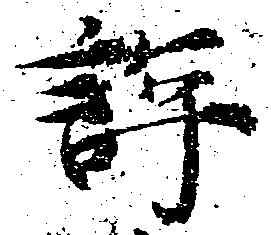
評